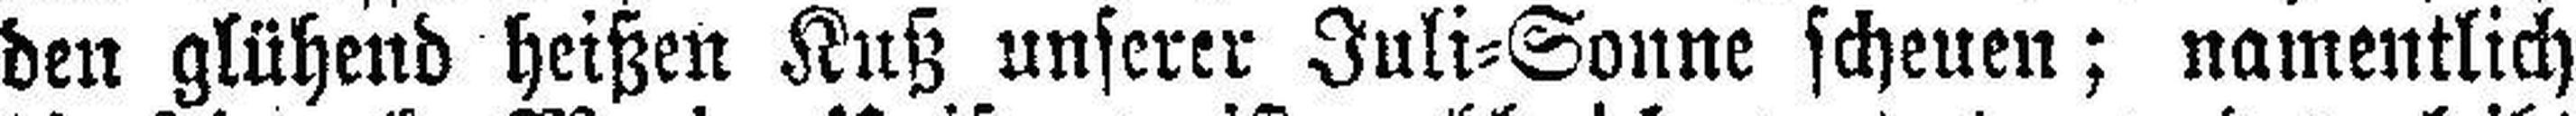
den glühend heißen Kuß unserer Juli=Sonne scheuen; namentlich